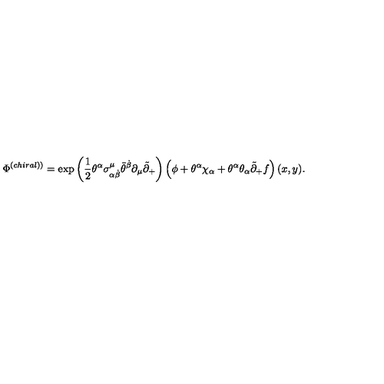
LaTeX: \Phi ^ { \left( c h i r a l ) \right) } = \exp \left( \frac 1 2 \theta ^ { \alpha } \sigma _ { \alpha \dot { \beta } } ^ { \mu } \bar { \theta } ^ { \dot { \beta } } \partial _ { \mu } \tilde { \partial } _ { + } \right) \left( \phi + \theta ^ { \alpha } \chi _ { \alpha } + \theta ^ { \alpha } \theta _ { \alpha } \tilde { \partial } _ { + } f \right) ( x , y ) .